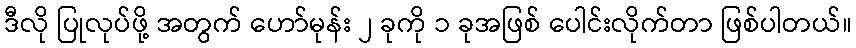
ဒီလို ပြုလုပ်ဖို့ အတွက် ဟော်မုန်း ၂ ခုကို ၁ ခုအဖြစ် ပေါင်းလိုက်တာ ဖြစ်ပါတယ်။